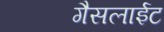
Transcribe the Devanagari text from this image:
गैसलाईट